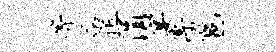
等谷匠涓宴溥邕